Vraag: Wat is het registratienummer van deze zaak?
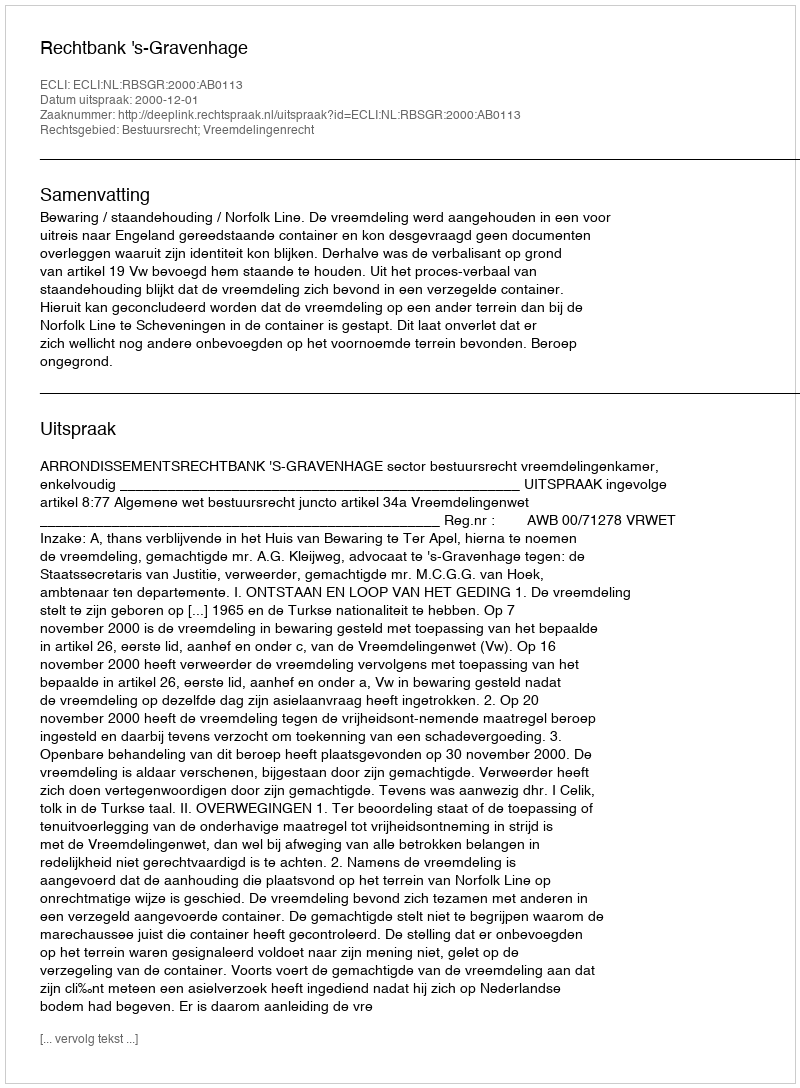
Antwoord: http://deeplink.rechtspraak.nl/uitspraak?id=ECLI:NL:RBSGR:2000:AB0113